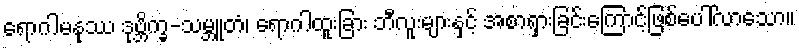
ရောဂါမနုဿ ဒုဗ္ဘိက္ခ-သမ္ဘူတံ၊ ရောဂါထူးခြား ဘီလူးများနှင့် အစာရှားခြင်းကြောင့်ဖြစ်ပေါ်လာသော။